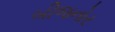
બીજનોર